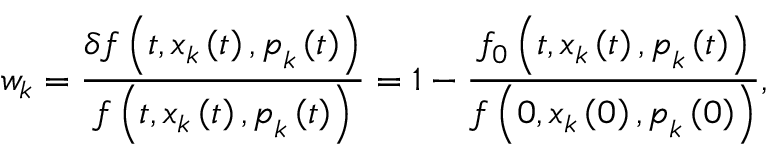
w _ { k } = \frac { \delta f \left( t , \boldsymbol { x } _ { k } \left( t \right) , \boldsymbol { p } _ { k } \left( t \right) \right) } { f \left( t , \boldsymbol { x } _ { k } \left( t \right) , \boldsymbol { p } _ { k } \left( t \right) \right) } = 1 - \frac { f _ { 0 } \left( t , \boldsymbol { x } _ { k } \left( t \right) , \boldsymbol { p } _ { k } \left( t \right) \right) } { f \left( 0 , \boldsymbol { x } _ { k } \left( 0 \right) , \boldsymbol { p } _ { k } \left( 0 \right) \right) } ,